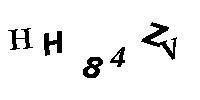
HH84ZV